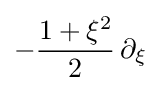
-{\frac {1+\xi ^{2}}{2}}\,\partial _{\xi }